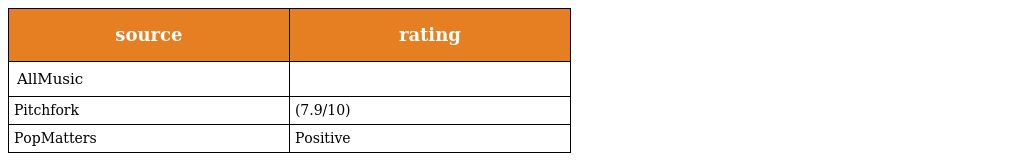
| source | rating |
 | --- | --- |
 | AllMusic |  |
 | Pitchfork | (7.9/10) |
 | PopMatters | Positive |